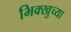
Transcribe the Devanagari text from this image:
भिक्खुच्या